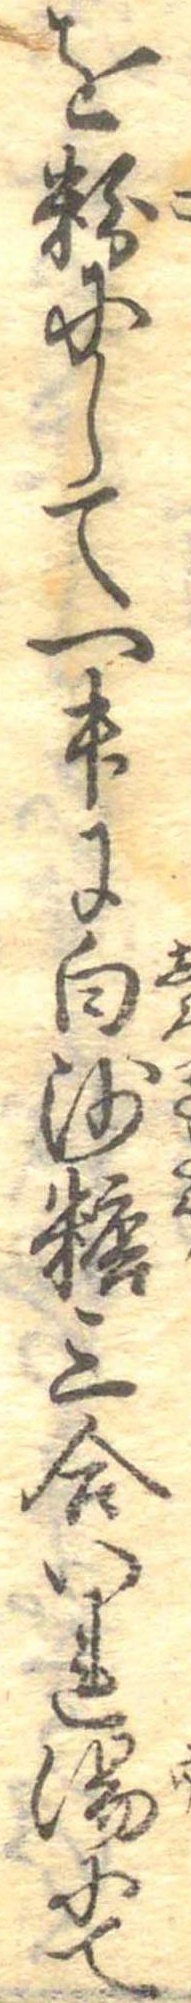
を粉にして一升に白沙糖三合いれ湯にて